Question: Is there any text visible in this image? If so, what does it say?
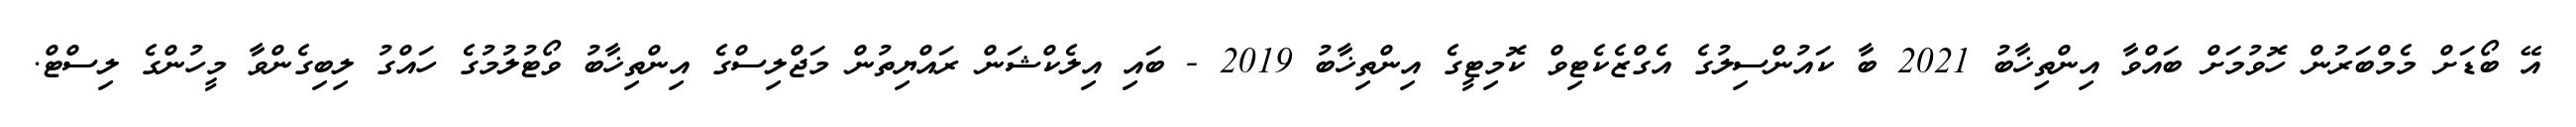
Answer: އޭ ބޯޑަށް މެމްބަރުން ހޮވުމަށް ބައްވާ އިންތިޚާބު 2021 ބާ ކައުންސިލުގެ އެގްޒެކެޓިވް ކޮމިޓީގެ އިންތިޚާބު 2019 - ބައި އިލެކްޝަން ރައްޔިތުން މަޖްލިސްގެ އިންތިޚާބު ވޯޓުލުމުގެ ހައްގު ލިބިގެންވާ މީހުންގެ ލިސްޓް.